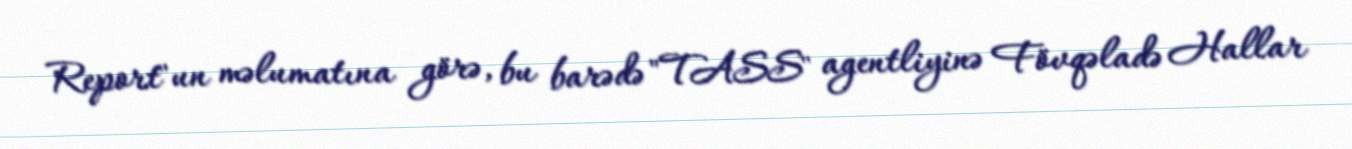
Report"un məlumatına görə, bu barədə "TASS" agentliyinə Fövqəladə Hallar